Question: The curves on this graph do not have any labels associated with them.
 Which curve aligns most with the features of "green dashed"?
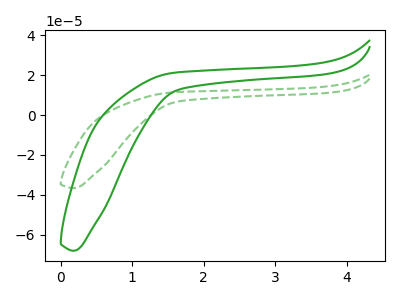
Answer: <think>The green curve "green" has no peaks. The green dashed curve "green dashed" has no peaks.
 Neither "green" or "green dashed" have any peaks.</think>
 <answer>The CV with the most similar shape to "green" is "green dashed".</answer>
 <eval>"green dashed"</eval>